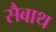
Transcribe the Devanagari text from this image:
सैबाथ